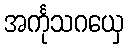
အင်္ကုသဂယှေ